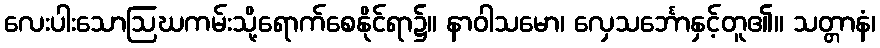
လေးပါးသောဩဃကမ်းသို့ရောက်စေနိုင်ရာ၌။ နာဝါသမော၊ လှေသင်္ဘောနှင့်တူ၏။ သတ္တာနံ၊